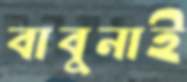
বাবুনাই